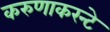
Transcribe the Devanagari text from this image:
करुणाकरन्टे